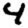
Digit: 4